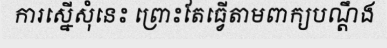
ការស្នើសុំនេះ ព្រោះតែធ្វើតាមពាក្យបណ្តឹង